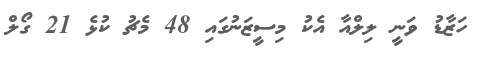
ހަޒާޑު ވަނީ ލިލްއާ އެކު މިސީޒަނުގައި 48 މެޗު ކުޅެ 21 ގޯލް